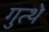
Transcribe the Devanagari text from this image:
गुत्थे